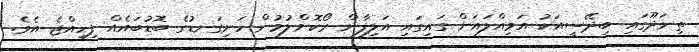
ތިނަދޫގައި ބިދޭސީއަކު އަމިއްލައަށް ގައިގައި އަލިފާން ރޯކޮށްލުމުން ހަށިގަނޑުގެ ބޮޑުބައެއް ފިހިއްޖެ އެވެ.